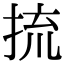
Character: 㧧